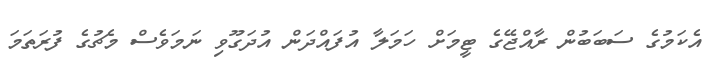
އެކަމުގެ ސަބަބުން ރާއްޖޭގެ ޓީމަށް ހަމަލާ އުފައްދަން އުދަގޫވި ނަމަވެސް މެޗުގެ ފުރަތަމަ